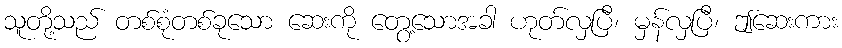
သူတို့သည် တစ်စုံတစ်ခုသော ဆေးကို တွေ့သောအခါ ဟုတ်လှပြီ၊ မှန်လှပြီ၊ ဤဆေးကား